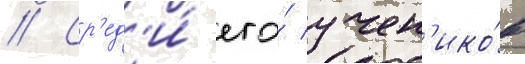
// Ср'ед'и́ его́ учен'ико́в